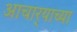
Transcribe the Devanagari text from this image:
आचार्‍याच्या